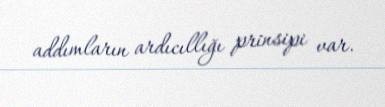
addımların ardıcıllığı prinsipi var.